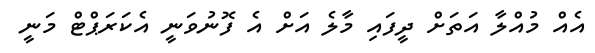
އެއް މުއްލާ އަތަށް ދީފައި މާލެ އަށް އެ ފޮނުވަނީ އެކަރަޕްޓް މަނީ